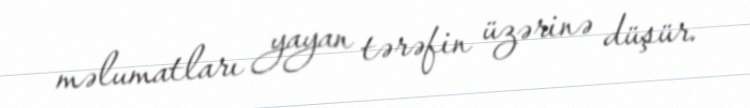
məlumatları yayan tərəfin üzərinə düşür.